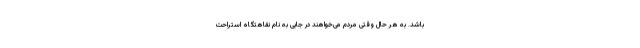
باشد. به هر حال وقتی مردم می‌خواهند در جایی به نام نقاهتگاه استراحت